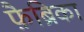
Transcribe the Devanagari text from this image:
फ़ैब्रिका